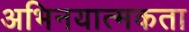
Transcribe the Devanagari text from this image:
अभिनयात्मकता